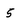
Character: 5